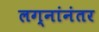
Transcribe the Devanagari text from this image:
लग्नांनंतर